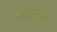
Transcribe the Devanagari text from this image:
आवृत्तीवर